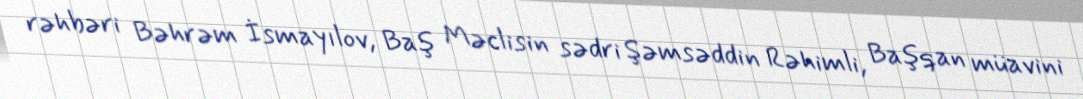
rəhbəri Bəhrəm İsmayılov, Baş Məclisin sədri Şəmsəddin Rəhimli, Başqan müavini